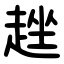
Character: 趖